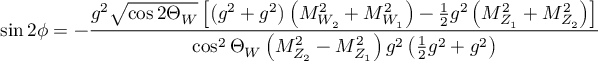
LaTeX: \sin { 2 \phi } = - \frac { g ^ { 2 } \sqrt { \cos { 2 \Theta _ { W } } } \left[ \left( g ^ { 2 } + g ^ { 2 } \right) \left( M _ { W _ { 2 } } ^ { 2 } + M _ { W _ { 1 } } ^ { 2 } \right) - \frac { 1 } { 2 } g ^ { 2 } \left( M _ { Z _ { 1 } } ^ { 2 } + M _ { Z _ { 2 } } ^ { 2 } \right) \right] } { \cos ^ { 2 } { \Theta _ { W } } \left( M _ { Z _ { 2 } } ^ { 2 } - M _ { Z _ { 1 } } ^ { 2 } \right) g ^ { 2 } \left( \frac { 1 } { 2 } g ^ { 2 } + g ^ { 2 } \right) }